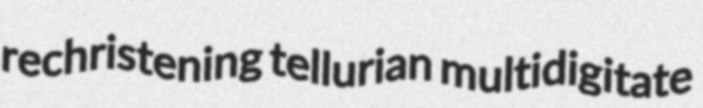
rechristening tellurian multidigitate